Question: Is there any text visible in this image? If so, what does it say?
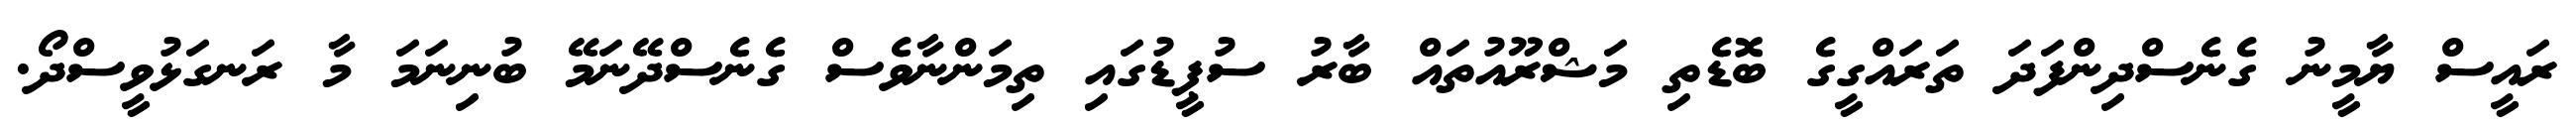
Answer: ރައީސް ޔާމީނު ގެނެސްދިންފަދަ ތަރައްގީގެ ބޮޑެތި މަޝްރޫއުތައް ބާރު ސުޕީޑުގައި ތިމަންނާވެސް ގެނެސްދޭނަމޭ ބުނިނަމަ މާ ރަނގަޅުވީސްދޯ.